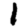
Digit: 1